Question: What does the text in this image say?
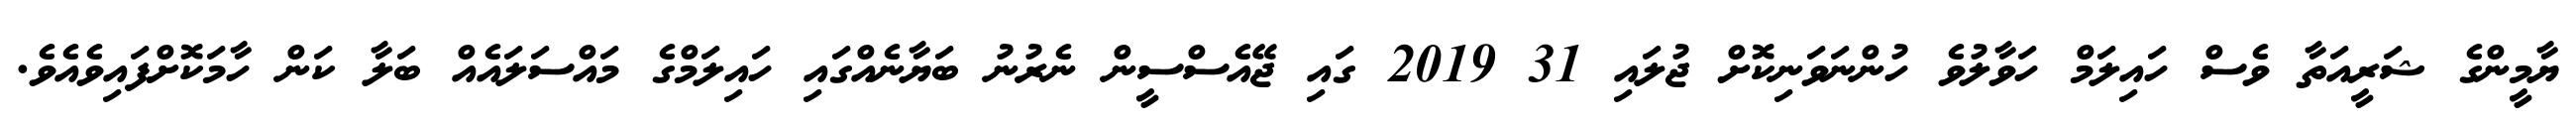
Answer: ޔާމީންގެ ޝަރީއަތާ ވެސް ހައިލަމް ހަވާލުވެ ހުންނަވަނިކޮށް ޖުލައި 31 2019 ގައި ޖޭއެސްސީން ނެރުނު ބަޔާނެއްގައި ހައިލަމްގެ މައްސަލައެއް ބަލާ ކަން ހާމަކޮށްފައިވެއެވެ.